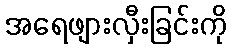
အရေဖျားလှီးခြင်းကို